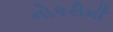
નોકરીમાઁ